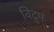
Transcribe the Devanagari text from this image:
विद्रुमं